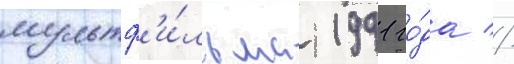
мультф'и́льма 1991 го́да //